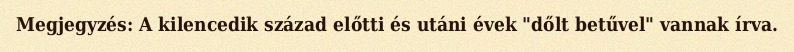
Megjegyzés: A kilencedik század előtti és utáni évek "dőlt betűvel" vannak írva.